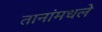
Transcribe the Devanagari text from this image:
तानांमधले